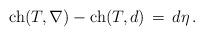
LaTeX: \begin{align*}\mathrm{ch}(T, \nabla) - \mathrm{ch}(T, d) \,=\, d\eta\, .\end{align*}